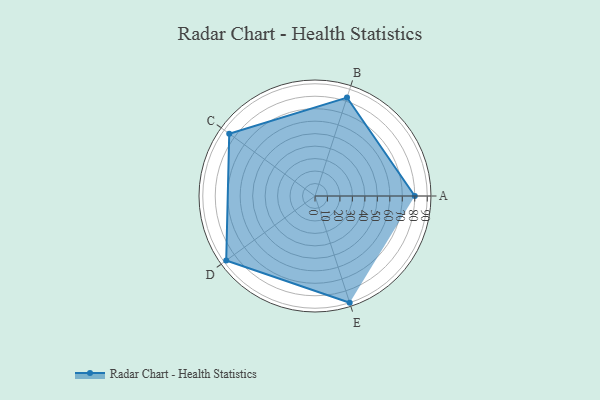
{"axis": {"x": "Skill", "y": "Score"}, "legend": ["Profile"], "data": [{"x": "A", "y": 80.0, "type": "Profile"}, {"x": "B", "y": 83.0, "type": "Profile"}, {"x": "C", "y": 85.0, "type": "Profile"}, {"x": "D", "y": 88.0, "type": "Profile"}, {"x": "E", "y": 90.0, "type": "Profile"}]}